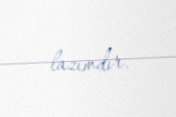
lazımdır.